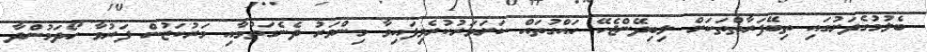
ބެލުމުގެދަށުގައި ތިބޭފަރާތްތަކަށް ލިބިދޭންޖެހޭ ހައްގުތައް ކަށަވަރުކުރެވިފައިވާ މިންވަރު ދެނެގަތުމާއި މަރުކަޒުން ފަރުވާ ހޯދަމުންދާ